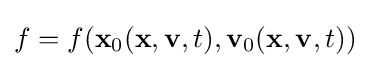
f=f(\mathbf {x} _{0}(\mathbf {x} ,\mathbf {v} ,t),\mathbf {v} _{0}(\mathbf {x} ,\mathbf {v} ,t))